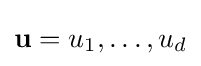
\mathbf {u} =u_{1},\ldots ,u_{d}